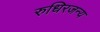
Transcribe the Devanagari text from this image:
रुधिरजन्य